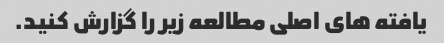
یافته های اصلی مطالعه زیر را گزارش کنید.